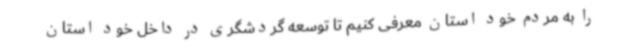
را به مردم خود استان معرفی کنیم تا توسعه گردشگری در داخل خود استان